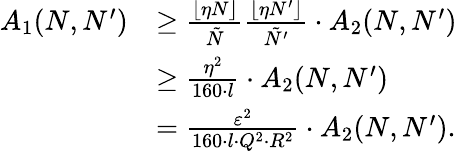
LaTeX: \begin{array}{rl}{A_{1}(N,N^{\prime})}&{\geq\frac{\lfloor\eta N\rfloor}{\tilde{N}}\frac{\lfloor\eta N^{\prime}\rfloor}{\tilde{N^{\prime}}}\cdot A_{2}(N,N^{\prime})}\\ &{\geq\frac{\eta^{2}}{160\cdot l}\cdot A_{2}(N,N^{\prime})}\\ &{=\frac{\varepsilon^{2}}{160\cdot l\cdot Q^{2}\cdot R^{2}}\cdot A_{2}(N,N^{\prime}).}\end{array}